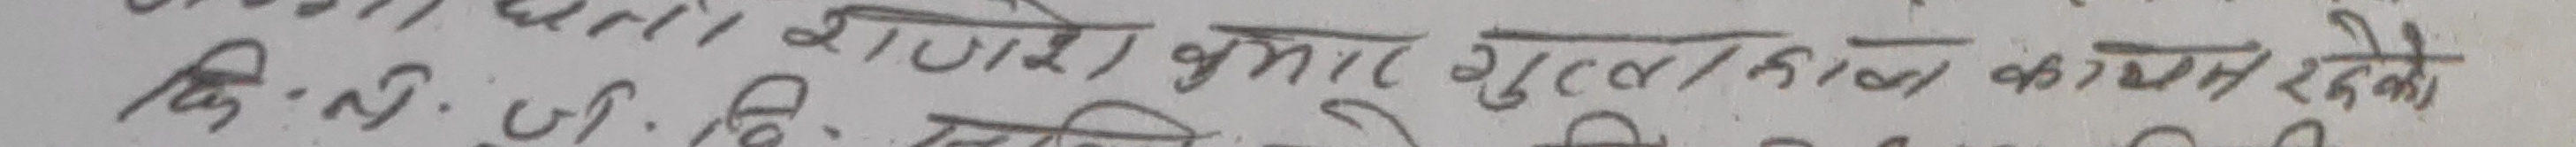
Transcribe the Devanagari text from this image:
कि: नं: श्री सुरेश कुमार गुप्त/नाल कायम रखे